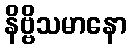
နိဗ္ဗိသမာနော